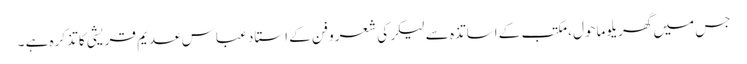
جس میں گھریلو ماحول ، مکتب کے اساتذہ سے لیکر کی شعرو فن کے استاد عباس عدیم قریشی کا تذکرہ ہے ۔